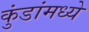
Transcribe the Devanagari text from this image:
कुंडांमध्ये